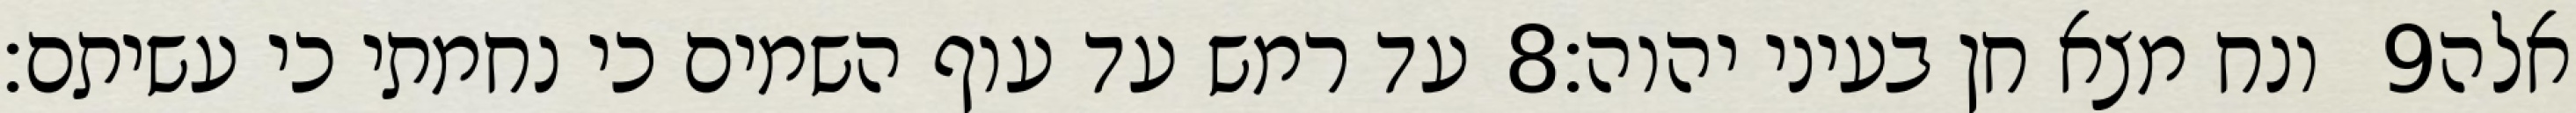
עד רמש עד עוף השמים כי נחמתי כי עשיתם׃ ‎8‏ ונח מצא חן בעיני יהוה׃ ‎9‏ אלה